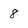
Character: 8